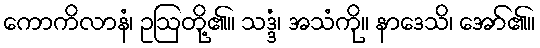
ကောကိလာနံ၊ ဥဩတို့၏။ သဒ္ဒံ၊ အသံကို။ နာဒေသိ၊ အော်၏။